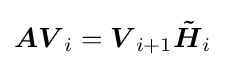
{\boldsymbol {AV}}_{i}={\boldsymbol {V}}_{i+1}{\boldsymbol {\tilde {H}}}_{i}